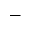
^ -